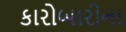
કારોબારીના